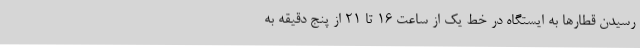
رسیدن قطارها به ایستگاه در خط یک از ساعت 16 تا 21 از پنج دقیقه به